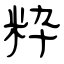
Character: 粋